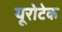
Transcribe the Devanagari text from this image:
यूरोटेक